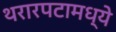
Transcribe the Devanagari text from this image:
थरारपटामध्ये